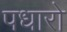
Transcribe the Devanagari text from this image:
पधारो